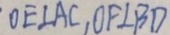
O E \bot A C , O F \bot B D